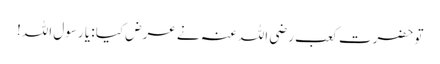
تو حضرت کعب رضی اللہ عنہ نے عرض کیا : یا رسول اللہ!